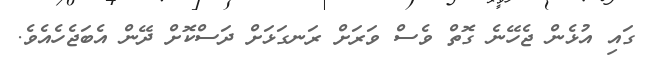
ގައި އުޅެން ޖެހޭނެ ގޮތް ވެސް ވަރަށް ރަނގަޅަށް ދަސްކޮށް ދޭން އެބަޖެހެއެވެ.